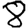
Digit: 8